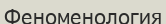
Феноменология